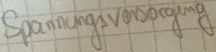
Text: Spannungsversorgung